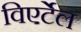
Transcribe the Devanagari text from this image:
विएर्टेल